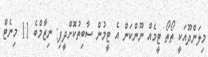
މިލަންދޫއަކީ ތޯތޯ ޓީމެއް ނޫންކަން އެ ޓީމުން ސާބިތުކޮށްދީފި: ނިޒާމްބެ 11 މިނެޓް